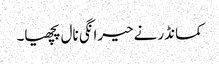
کمانڈر نے حیرانگی نال پچھیا۔